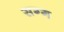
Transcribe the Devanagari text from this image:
सग्ग